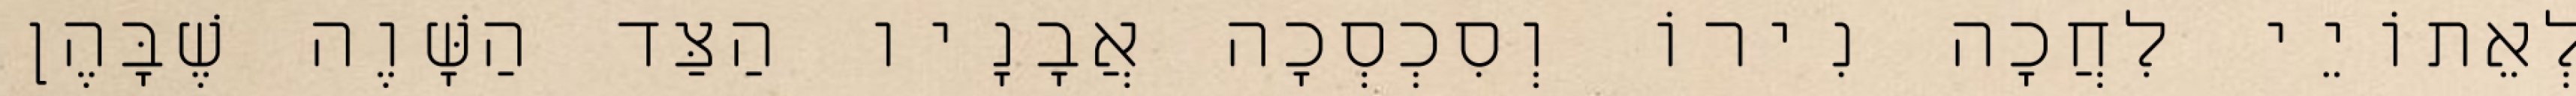
לְאֵתוֹיֵי לִחֲכָה נִירוֹ וְסִכְסְכָה אֲבָנָיו הַצַּד הַשָּׁוֶה שֶׁבָּהֶן